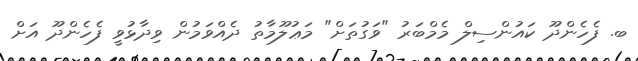
ބ. ފެހެންދޫ ކައުންސިލް މެމްބަރު "ވަގުތަށް" މަޢުލޫމާތު ދެއްވަމުން ވިދާޅުވީ ފެހެންދޫ އަށް